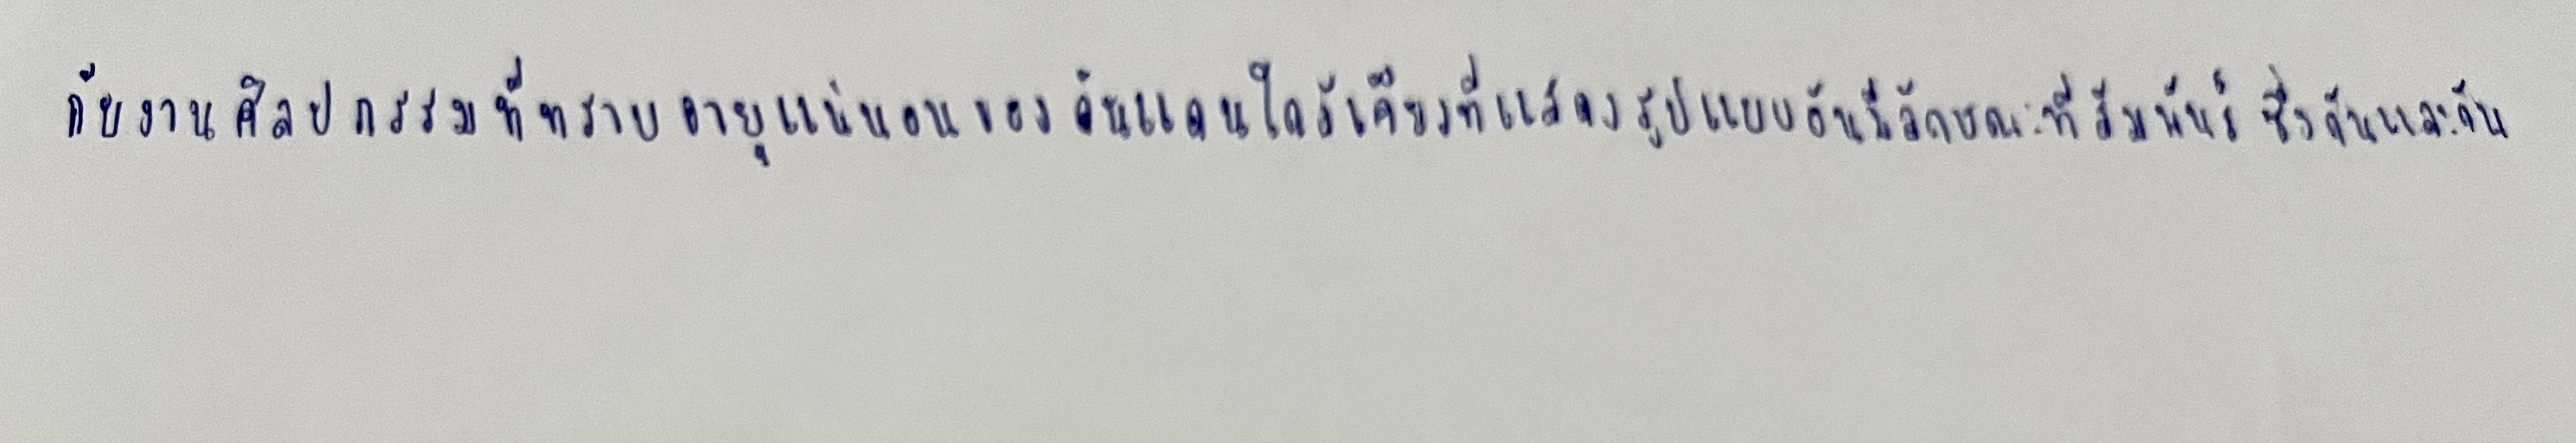
กับงานศิลปกรรมที่ทราบอายุแน่นอนของดินแดนใกล้เคียงที่แสดงรูปแบบอันมีลักษณะที่สัมพันธ์ซึ่งกันและกัน